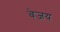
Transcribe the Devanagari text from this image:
बेजय